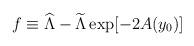
LaTeX: \begin{align*}f\equiv{\widehat \Lambda}- {\widetilde \Lambda}\exp[-2A(y_0)]\end{align*}